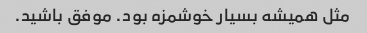
مثل همیشه بسیار خوشمزه بود. موفق باشید.